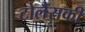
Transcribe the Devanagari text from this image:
टोलैसकी